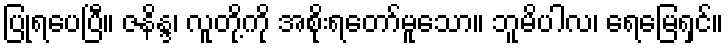
ပြုရပေပြီ။ ဇနိန္ဒ၊ လူတို့ကို အစိုးရတော်မူသော။ ဘူမိပါလ၊ ရေမြေရှင်။